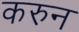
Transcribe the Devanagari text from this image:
करुन